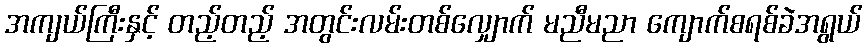
အကျယ်ကြီးနှင့် တည့်တည့် အတွင်းလမ်းတစ်လျှောက် မညီမညာ ကျောက်စရစ်ခဲအရွယ်